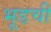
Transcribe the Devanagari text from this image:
भूडची